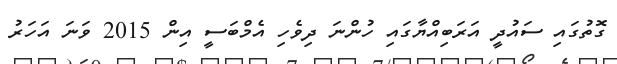
ގޮތުގައި ސައުދީ އަރަބިއްޔާގައި ހުންނަ ދިވެހި އެމްބަސީ އިން 2015 ވަނަ އަހަރު